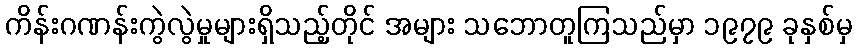
ကိန်းဂဏန်းကွဲလွဲမှုများရှိသည့်တိုင် အများ သဘောတူကြသည်မှာ ၁၉၇၉ ခုနှစ်မှ